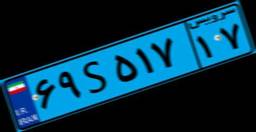
۶۹S۵۱۷۱۷